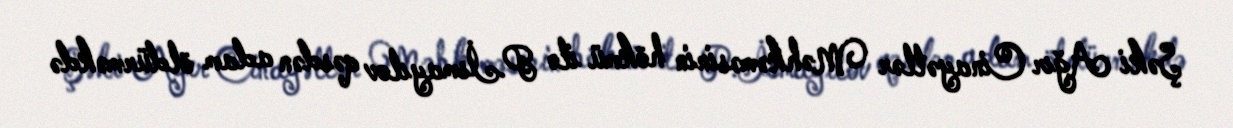
Şəki Ağır Cinayətlər Məhkəməsinin hökmü ilə P.İsmayılov qəsdən adam öldürməkdə